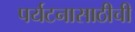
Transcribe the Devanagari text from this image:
पर्यटनासाठीची